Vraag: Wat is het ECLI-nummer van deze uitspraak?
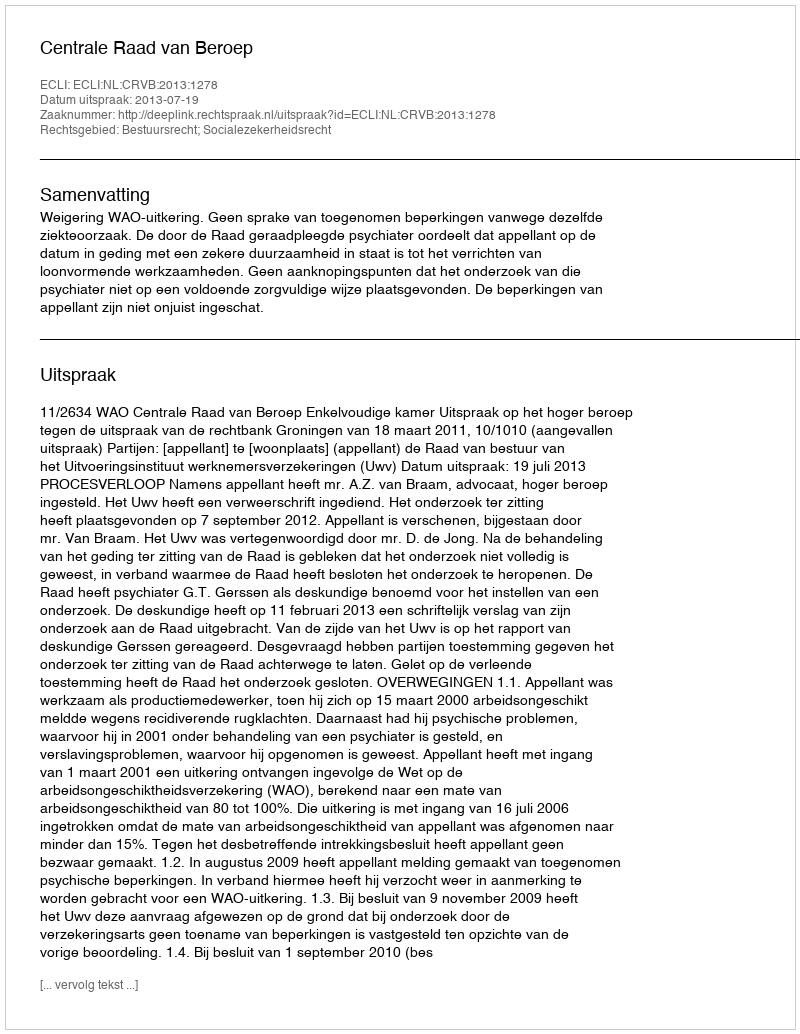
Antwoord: ECLI:NL:CRVB:2013:1278